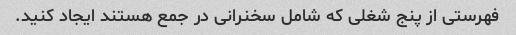
فهرستی از پنج شغلی که شامل سخنرانی در جمع هستند ایجاد کنید.